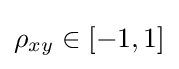
\rho _{xy}\in [-1,1]